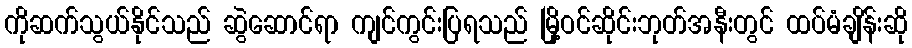
ကိုဆက်သွယ်နိုင်သည် ဆွဲဆောင်ရာ ကျင်ကွင်းပြရသည် မြို့ဝင်ဆိုင်းဘုတ်အနီးတွင် ထပ်မံချိန်းဆို